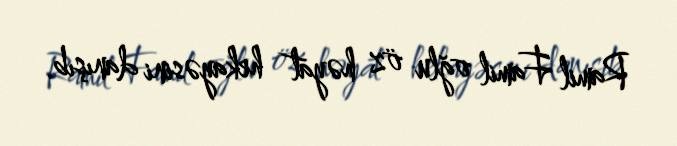
Ramil Famil oğlu öz həyat hekayəsini danışıb.